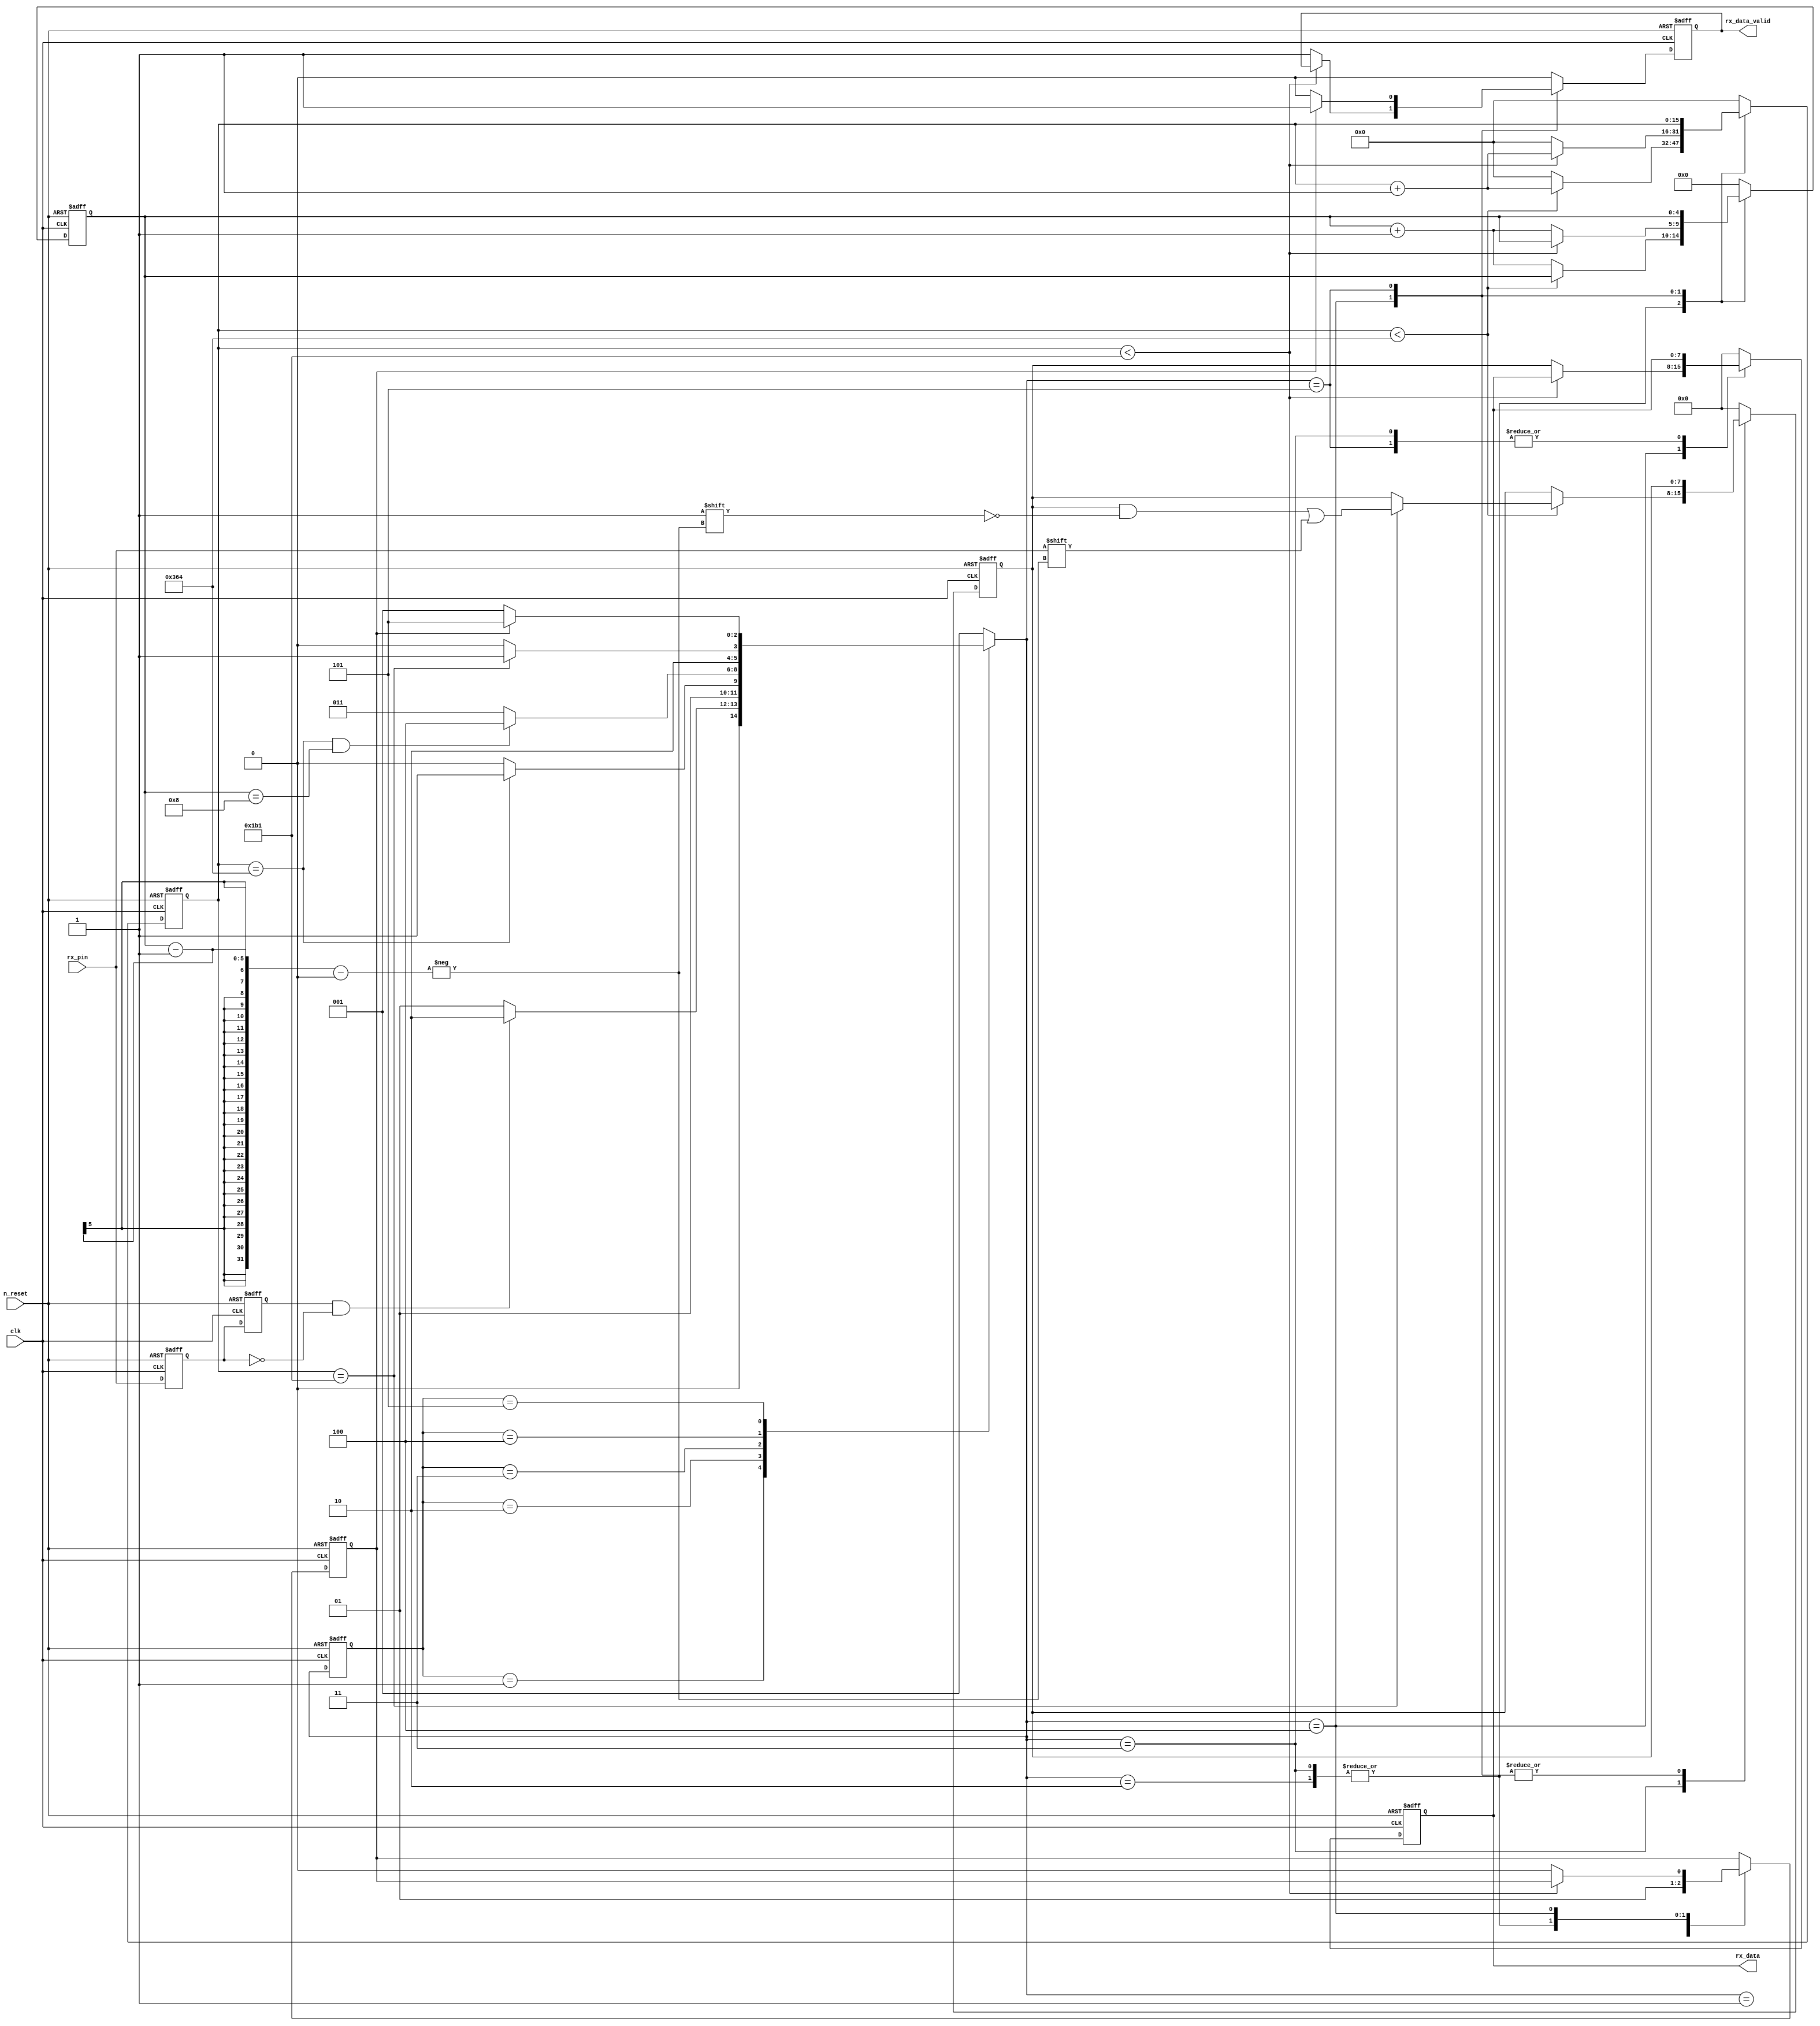
`timescale 1ns / 1ps
//////////////////////////////////////////////////////////////////////////////////
// Company: 
// Engineer: 
// 
// Design Name: 
// Module Name: UART_RX
// Project Name: 
// Target Devices: 
// Tool Versions: 
// Description: 
// 
// Dependencies: 
// 
// Revision:
// Revision 0.01 - File Created
// Additional Comments:
// 
//////////////////////////////////////////////////////////////////////////////////


module modify_Uart_rx #
(
    parameter Challenge_Bit = 8,
	parameter frequency_clk_ref = 100,      //clock frequency(Mhz)
	parameter BAUD_RATE = 115200 //serial baud rate
)
(
	input                                      clk,              //clock input
	input                                      n_reset,            //asynchronous reset input, low active 
	output     reg     [Challenge_Bit - 1:0]   rx_data,          //received serial data
	output     reg                             rx_data_valid,    //received serial data is valid    
	input                                      rx_pin            //serial data input
);
//calculates the clock cycle for baud rate 
localparam                                      CYCLE = frequency_clk_ref * 1000000 / BAUD_RATE; 
//state machine code
localparam                                      STATE       = 2;
localparam                                      S_IDLE      = 1;
localparam                                      S_START     = 2; //start bit
localparam                                      S_REC_BYTE  = 3; //data bits
localparam                                      S_STOP      = 4; //stop bit
localparam                                      S_DATA      = 5;

reg             [            STATE:0]           state;
reg             [            STATE:0]           next_state;
reg                                             rx_d0;            //delay 1 clock for rx_pin
reg                                             rx_d1;            //delay 1 clock for rx_d0
wire                                            rx_negedge;       //negedge of rx_pin
reg             [Challenge_Bit - 1:0]           rx_bits;          //temporary storage of received data
reg             [               15:0]           cycle_cnt;        //baud counter    
reg             [                4:0]           bit_cnt;          //bit counter
reg 											rx_data_ready;	  //data receiver module ready

always @ (posedge clk or negedge n_reset)
begin
	if(n_reset == 1'b0)
		state <= S_IDLE;
	else
		state <= next_state;
end

assign rx_negedge = rx_d1 && ~rx_d0;                         //The processing for rx_pin

always @ (posedge clk or negedge n_reset)              
begin
	if(n_reset == 1'b0)
	begin
		rx_d0 <= 1'b0;
		rx_d1 <= 1'b0;	
	end
	else
	begin
		rx_d0 <= rx_pin;
		rx_d1 <= rx_d0;           
	end
end

always @ (*)
begin
	case(state)
		S_IDLE:
			if(rx_negedge)
				next_state = S_START;
			else
				next_state = S_IDLE;
		S_START:
			if(cycle_cnt == CYCLE)//one data cycle 
				next_state = S_REC_BYTE;
			else
				next_state = S_START;
		S_REC_BYTE:
			if(cycle_cnt == CYCLE  && bit_cnt == 5'd8)  //receive 8bit data
				next_state = S_STOP;
			else
				next_state = S_REC_BYTE;
		S_STOP:
			if(cycle_cnt == CYCLE/2 - 1)//half bit cycle,to avoid missing the next byte receiver
				next_state = S_DATA;
			else
				next_state = S_STOP;
		S_DATA:
			if(!rx_data_ready)    //data receive complete
				next_state = S_IDLE;
			else
				next_state = S_DATA;
		default:
			next_state = S_IDLE;
	endcase
end

always @(posedge clk or negedge n_reset) begin
	if (!n_reset) begin
		rx_data_valid <= 1'b0;
		rx_data_ready <= 1'b0;
		rx_data <= #Challenge_Bit'd0;
		bit_cnt <= 5'b0;
		cycle_cnt <= 16'b0;
		rx_bits <= #Challenge_Bit'd0;
	end
	else begin
		case(next_state)
			S_IDLE:	begin
				rx_data <= #Challenge_Bit'd0;
				bit_cnt <= 5'b0;
				cycle_cnt <= 16'b0;
				rx_bits <= #Challenge_Bit'd0;
                rx_data_valid <= 1'b0;
		        rx_data_ready <= 1'b0;
			end
			S_START:	begin
				rx_data <= #Challenge_Bit'd0;
				rx_bits <= #Challenge_Bit'd0;
				rx_data_valid <= 1'b0;
				rx_data_ready <= 1'b1;
				if (cycle_cnt < CYCLE) begin
					cycle_cnt <= cycle_cnt + 1'b1;
					bit_cnt <= bit_cnt;
				end
				else begin
					cycle_cnt <= 16'b0;
					bit_cnt <= bit_cnt + 1'b1;
				end
			end
			S_REC_BYTE:	begin
				rx_data_valid <= 1'b0;
				rx_data_ready <= 1'b1;
				if (cycle_cnt < CYCLE) begin
						cycle_cnt <= cycle_cnt +1'b1;
						bit_cnt <= bit_cnt;
						if (cycle_cnt == CYCLE /2 -1) begin
							rx_bits[bit_cnt-1] <= rx_pin;
						end
						else begin
							rx_bits <= rx_bits;
						end
				end
				else begin
					cycle_cnt <= 16'b0;
					bit_cnt <= bit_cnt + 1'b1;
				end
			end
			S_STOP:	begin
				if (cycle_cnt < CYCLE/2 -1) begin
					cycle_cnt <= cycle_cnt +1'b1;
					bit_cnt <= bit_cnt;
				end
				else begin
					cycle_cnt <= 16'b0;
					bit_cnt <= bit_cnt + 1'b1;
					rx_data_valid <= 1'b1;
					rx_data_ready <= 1'b0;
					rx_data <= rx_bits;
				end
			end
			S_DATA:	begin
				if (rx_data_ready == 1'b0) begin
					rx_data_valid <= 1'b0;
				end
				else begin
					rx_data_valid <= 1'b1;
				end
			end		
			default:	begin
				rx_data_valid <= 1'b0;
				rx_data <= #Challenge_Bit'd0;
				bit_cnt <= 5'b0;
				cycle_cnt <= 16'b0;
				rx_bits <= #Challenge_Bit'd0;
			end
		endcase
	end
end
endmodule